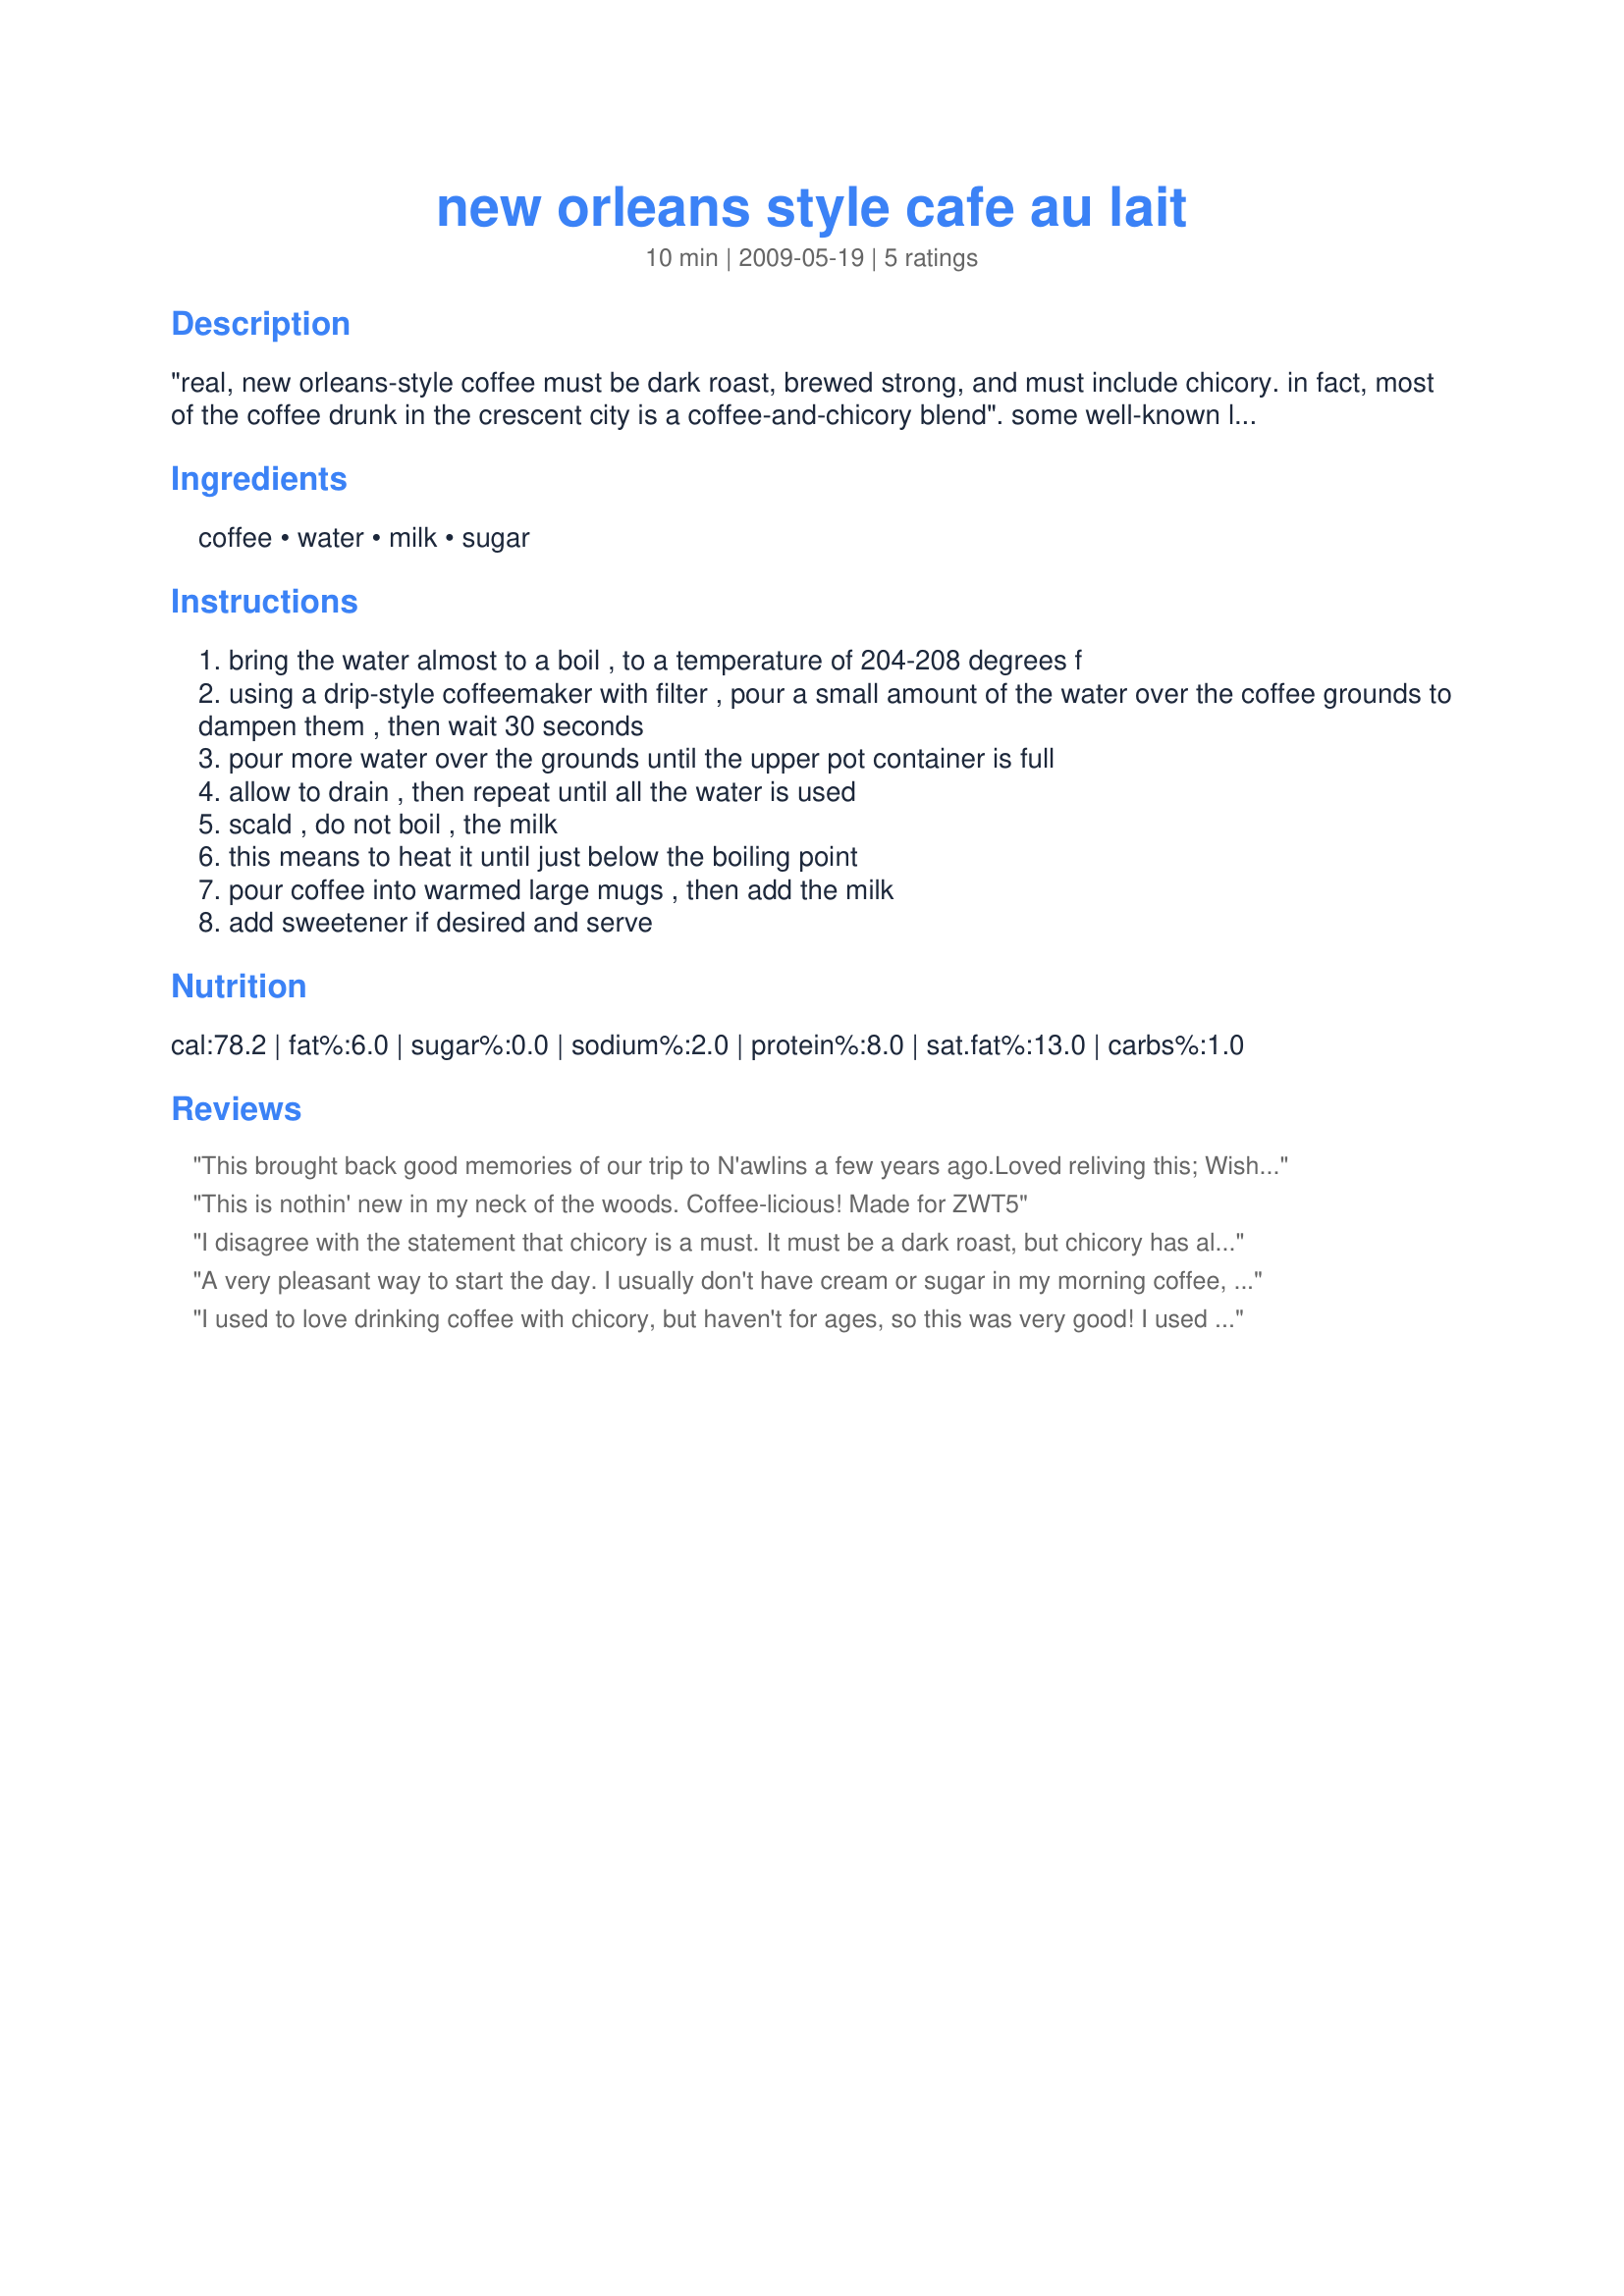
new orleans style cafe au lait
Preparation time: 10 minutes

"real, new orleans-style coffee must be dark roast, brewed strong, and must include chicory. in fact, most of the coffee drunk in the crescent city is a coffee-and-chicory blend". some well-known local coffee-and-chicory brands are french market (my personal favorite), community coffee, cafe du monde or union. brew your coffee in a drip coffeemaker only, and serve with half coffee and half scalded (not steamed!) milk. from www.gumbopages.com and posted for zwt5.

Ingredients:
coffee, water, milk, sugar

Steps:
bring the water almost to a boil , to a temperature of 204-208 degrees f
using a drip-style coffeemaker with filter , pour a small amount of the water over the coffee grounds to dampen them , then wait 30 seconds
pour more water over the grounds until the upper pot container is full
allow to drain , then repeat until all the water is used
scald , do not boil , the milk
this means to heat it until just below the boiling point
pour coffee into warmed large mugs , then add the milk
add sweetener if desired and serve

Reviews:
This brought back good memories of our trip to N'awlins a few years ago.Loved reliving this; Wish I could have had a beignet to accompany it. I ended up making it with a coffee I bought in Seattle.I sprinkled a bit of cinnamon on it( I guess that's a no-no)but I enjoyed. Thanks for posting this. I made it for ZWT5.
Rita
This is nothin' new in my neck of the woods. Coffee-licious! Made for ZWT5
I disagree with the statement that chicory is a must. It must be a dark roast, but chicory has always been optional. France introduced Chicory to NOLA and the South where it was used as a cheap substitute for coffee when it was not available due to blockades or economic hardship. Some developed a taste for it, which is why it is still found today. Many native NOLA residents, such as my grandparents, cannot stand chicory, and always order the Cafe Au Lait sans chicory.
A very pleasant way to start the day. I usually don't have cream or sugar in my morning coffee, but I did so for the purpose of making this recipe. And I think it was a very nice way to enjoy my morning coffee. Made for ZWT5.
I used to love drinking coffee with chicory, but haven't for ages, so this was very good! I used decaf coffee and added chicory that I got from the health food store. Thanks! Made for the Epicurean Queens for ZWT 2009.
